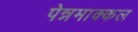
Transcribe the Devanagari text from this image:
पेन्नमाक्कल